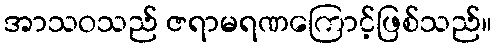
အာသဝသည် ဇရာမရဏကြောင့်ဖြစ်သည်။